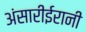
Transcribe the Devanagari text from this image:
अंसारीईरानी